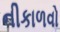
નીકાળવો